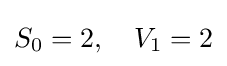
S_{0}=2,\quad V_{1}=2